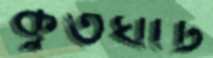
কুতঘাট